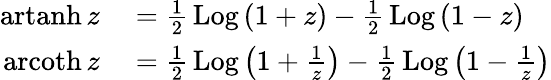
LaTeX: \begin{array}{rl}{\operatorname{artanh}z}&{{}={\frac{1}{2}}\operatorname{Log}\left({1+z}\right)-{\frac{1}{2}}\operatorname{Log}\left({1-z}\right)}\\ {\operatorname{arcoth}z}&{{}={\frac{1}{2}}\operatorname{Log}\left({1+{\frac{1}{z}}}\right)-{\frac{1}{2}}\operatorname{Log}\left({1-{\frac{1}{z}}}\right)}\end{array}